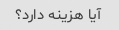
آیا هزینه دارد؟